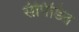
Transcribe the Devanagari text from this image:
संपिंडित